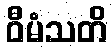
ဝီမံသတိ